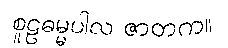
စူဠဓမ္မပါလ ဇာတက။